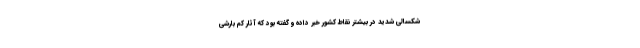
شکسالی شدید در بیشتر نقاط کشور خبر داده و گفته بود که آثار کم بارشی